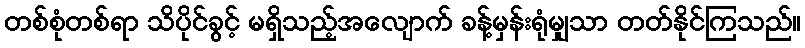
တစ်စုံတစ်ရာ သိပိုင်ခွင့် မရှိသည့်အလျောက် ခန့်မှန်းရုံမျှသာ တတ်နိုင်ကြသည်။